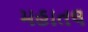
મહાતલ